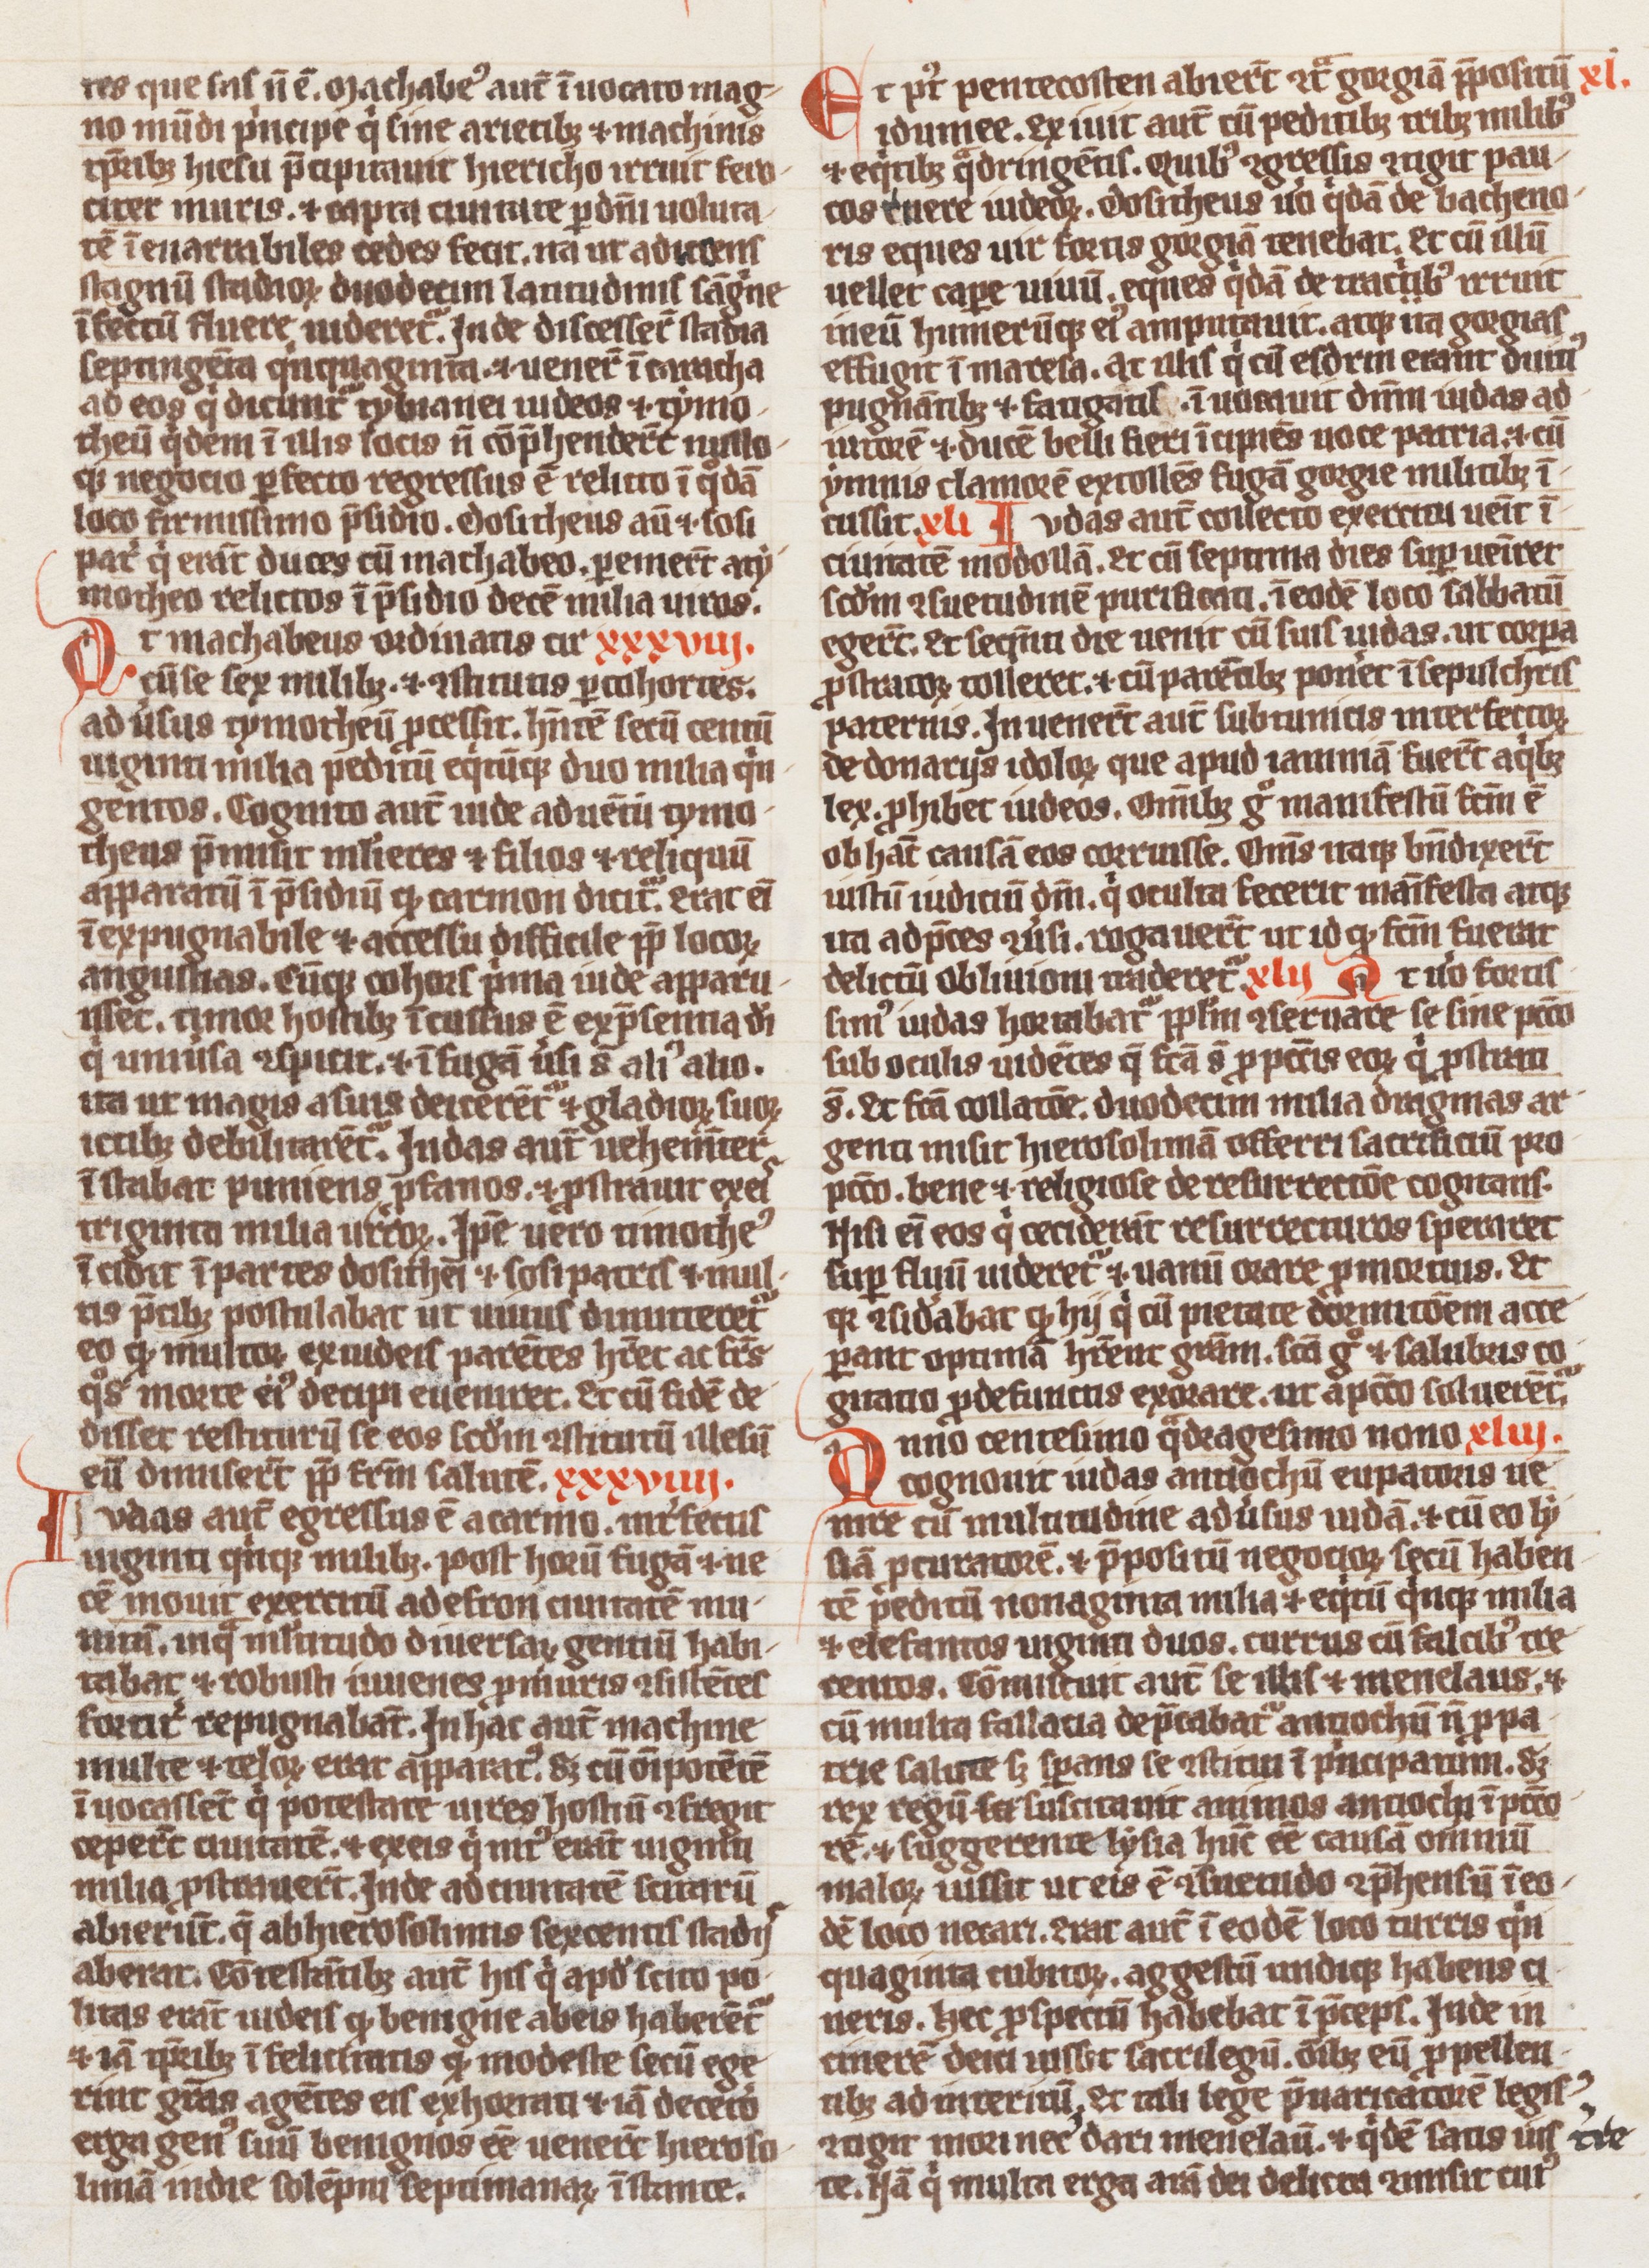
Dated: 1300–1324